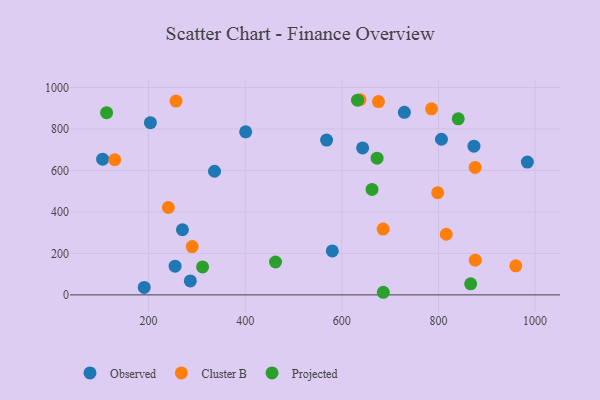
{"axis": {"x": "Study Hours", "y": "Exam Score"}, "legend": ["Cluster B", "Observed", "Projected"], "data": [{"x": "806.2", "y": 750.3, "type": "Observed"}, {"x": "400.9", "y": 786.1, "type": "Observed"}, {"x": "254.8", "y": 138.1, "type": "Observed"}, {"x": "104.8", "y": 654.0, "type": "Observed"}, {"x": "873.4", "y": 717.0, "type": "Observed"}, {"x": "580.2", "y": 211.8, "type": "Observed"}, {"x": "336.4", "y": 595.9, "type": "Observed"}, {"x": "984.0", "y": 640.2, "type": "Observed"}, {"x": "203.7", "y": 830.2, "type": "Observed"}, {"x": "270.0", "y": 314.0, "type": "Observed"}, {"x": "643.0", "y": 708.4, "type": "Observed"}, {"x": "729.4", "y": 879.9, "type": "Observed"}, {"x": "190.9", "y": 35.8, "type": "Observed"}, {"x": "568.4", "y": 746.1, "type": "Observed"}, {"x": "286.3", "y": 67.4, "type": "Observed"}, {"x": "240.8", "y": 421.2, "type": "Cluster B"}, {"x": "637.5", "y": 940.8, "type": "Cluster B"}, {"x": "785.6", "y": 896.8, "type": "Cluster B"}, {"x": "256.7", "y": 934.5, "type": "Cluster B"}, {"x": "675.8", "y": 932.1, "type": "Cluster B"}, {"x": "816.1", "y": 292.2, "type": "Cluster B"}, {"x": "798.4", "y": 492.6, "type": "Cluster B"}, {"x": "129.9", "y": 651.4, "type": "Cluster B"}, {"x": "685.4", "y": 317.1, "type": "Cluster B"}, {"x": "290.2", "y": 232.8, "type": "Cluster B"}, {"x": "876.1", "y": 167.1, "type": "Cluster B"}, {"x": "960.0", "y": 139.9, "type": "Cluster B"}, {"x": "875.9", "y": 614.4, "type": "Cluster B"}, {"x": "672.9", "y": 659.1, "type": "Projected"}, {"x": "662.4", "y": 508.4, "type": "Projected"}, {"x": "311.7", "y": 134.8, "type": "Projected"}, {"x": "632.4", "y": 938.5, "type": "Projected"}, {"x": "462.7", "y": 158.4, "type": "Projected"}, {"x": "113.0", "y": 878.2, "type": "Projected"}, {"x": "685.8", "y": 12.5, "type": "Projected"}, {"x": "840.9", "y": 848.9, "type": "Projected"}, {"x": "866.6", "y": 53.2, "type": "Projected"}]}